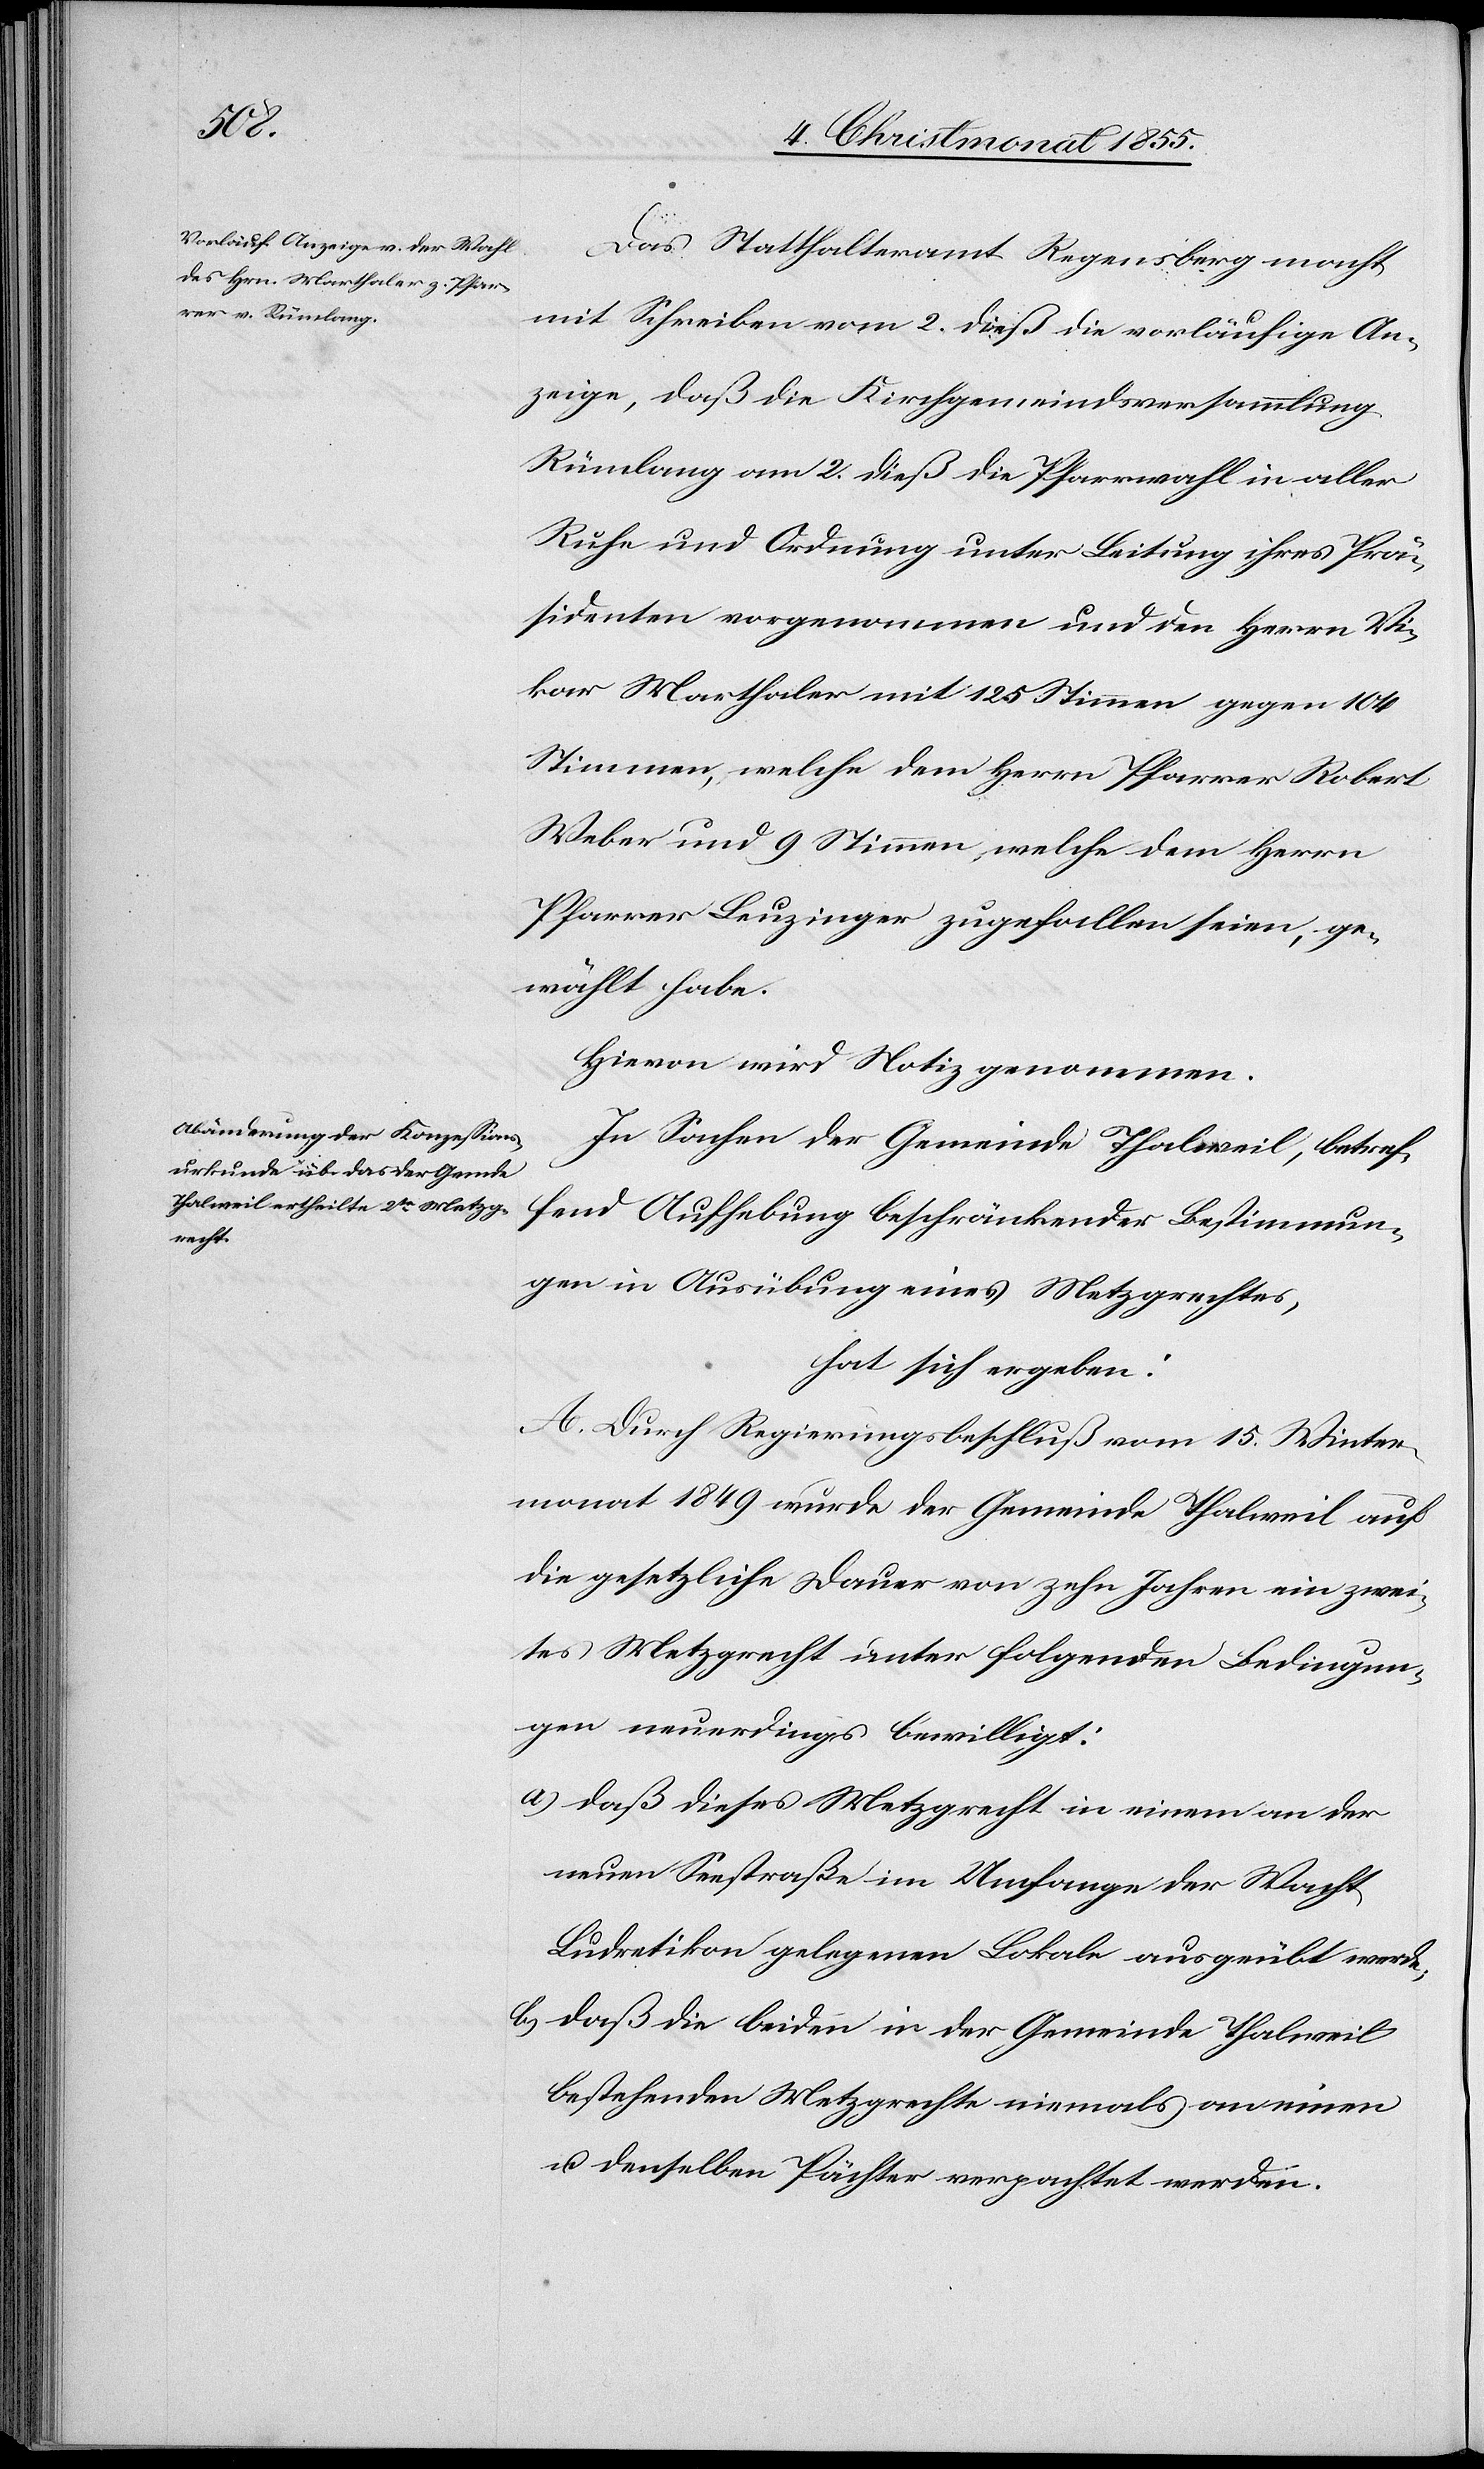
Das Statthalteramt Regensberg macht
mit Schreiben vom 2. dieß die vorläufige An¬
zeige, daß die Kirchgemeindsversammlung
Rümlang am 2. dieß die Pfarrwahl in aller
Ruhe und Ordnung unter Leitung ihres Prä¬
sidenten vorgenommen und den Herrn Vi¬
kar Marthaler mit 125 Stimmen gegen 104
Stimmen, welche dem Herrn Pfarrer Robert
Weber und 9 Stimmen, welche dem Herrn
Pfarrer Leuzinger zugefallen seien, ge¬
wählt habe.
Hievon wird Notiz genommen.
In Sachen der Gemeinde Thalweil, betref¬
fend Aufhebung beschränkender Bestimmun¬
gen in Ausübung eines Metzgrechtes,
hat sich ergeben:
A. Durch Regierungsbeschluß vom 15. Winter¬
monat 1849 wurde der Gemeinde Thalweil auf
die gesetzliche Dauer von zehn Jahren ein zwei¬
tes Metzgrecht unter folgenden Bedingun¬
gen neuerdings bewilligt:
daß dieses Metzgrecht in einem an der
neuen Seestraße im Umfange der Wacht
Ludretikon gelegenen Lokale ausgeübt werde;
daß die beiden in der Gemeinde Thalweil
bestehenden Metzgrechte niemals an einen
u. denselben Pächter verpachtet werden.